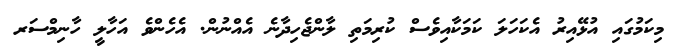
މިކަމުގައި އުޅޭއިރު އެކަހަލަ ކަމަކާއިވެސް ކުރިމަތި ލާންޖެހިދާނެ އެއްނުން. އެހެންވެ އަހާލީ ހާނިމްސަރ